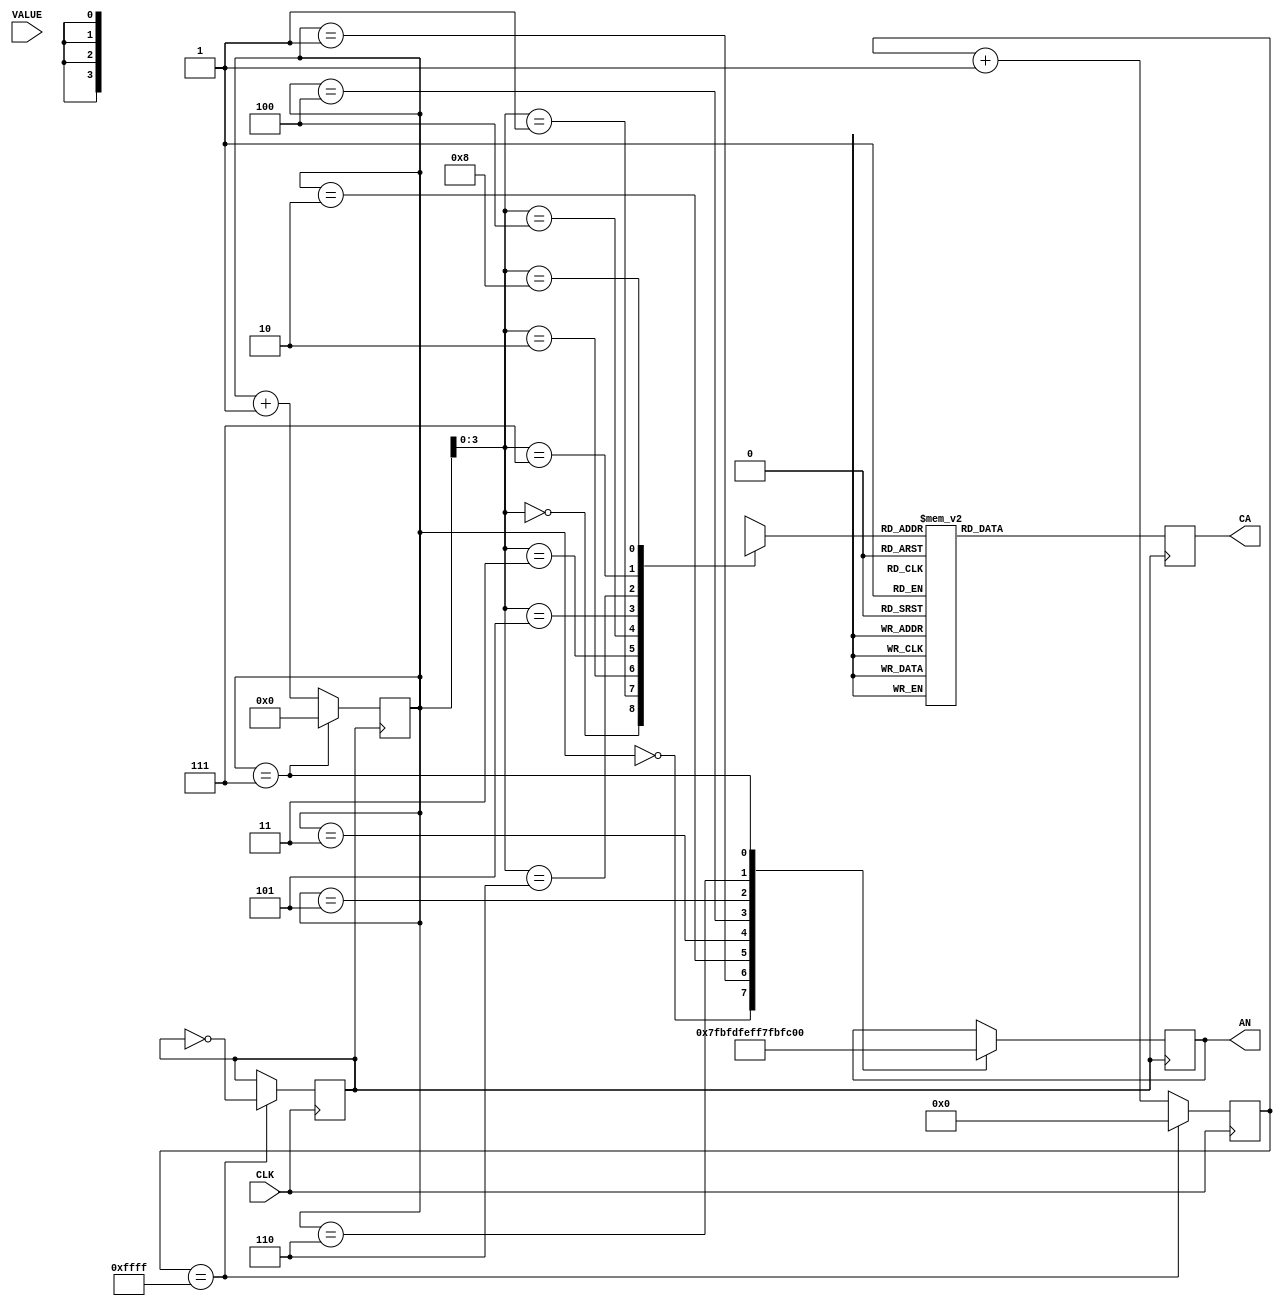
`timescale 1ns / 1ps
//////////////////////////////////////////////////////////////////////////////////
// Company: 
// Engineer: 
// 
// Design Name: 
// Module Name: SevenSegment
// Project Name: 
// Target Devices: 
// Tool Versions: 
// Description: 
// 
// Dependencies: 
// 
// Revision:
// Revision 0.01 - File Created
// Additional Comments:
// 
//////////////////////////////////////////////////////////////////////////////////


module SevenSegment(
        input [31:0] VALUE,
        input CLK,
        output reg [7:0] AN,
        output reg [7:0] CA
    );
    reg [24:0] clkCounter;
    reg SLWCLK;
    reg [5:0] counter;
    reg [3:0] val [8:0];
    
    
    
    initial begin 
        clkCounter = 0;
        SLWCLK = 0;
        counter = 0;
    end
    
    always@(posedge CLK)
        begin
        if(clkCounter == 24'hFFFF) begin
            SLWCLK <= ~SLWCLK;
            clkCounter <= 0;
            end
        else begin
            clkCounter <= clkCounter + 1;
            end
        end
    
    always@(posedge SLWCLK) begin
    
        val[7] = VALUE[3:0];
        val[6] = VALUE[7:4];
        val[5] = VALUE[11:8];
        val[4] = VALUE[15:12];
        val[3] = VALUE[19:16];
        val[2] = VALUE[23:20];
        val[1] = VALUE[27:24];
        val[0] = VALUE[31:28];
        
        
        if(counter == 7) begin
            counter <= 0;
            end
        else begin
            counter <= counter + 1;
            end
        
        case(val[counter])
         0:  CA <= ~8'h3F;
         1:  CA <= ~8'h06;
         2:  CA <= ~8'h5b;
         3:  CA <= ~8'h4F;
         4:  CA <= ~8'h66;
         5:  CA <= ~8'h6D;
         6:  CA <= ~8'h7D;
         7:  CA <= ~8'h07;
         8:  CA <= ~8'h7F;
         9:  CA <= ~8'h67;
         10: CA <= ~8'h77;
         11: CA <= ~8'h7C;
         12: CA <= ~8'h39;
         13: CA <= ~8'h5E;
         14: CA <= ~8'h79;
         15: CA <= ~8'h71;
        endcase
        
        case(counter)
        0   : AN <= ~8'h80;
        1   : AN <= ~8'h40;
        2   : AN <= ~8'h20;
        3   : AN <= ~8'h10;
        4   : AN <= ~8'h08;
        5   : AN <= ~8'h04;
        6   : AN <= ~8'h02;
        7   : AN <= ~8'h01;
        endcase 
        
        end
    
    
endmodule